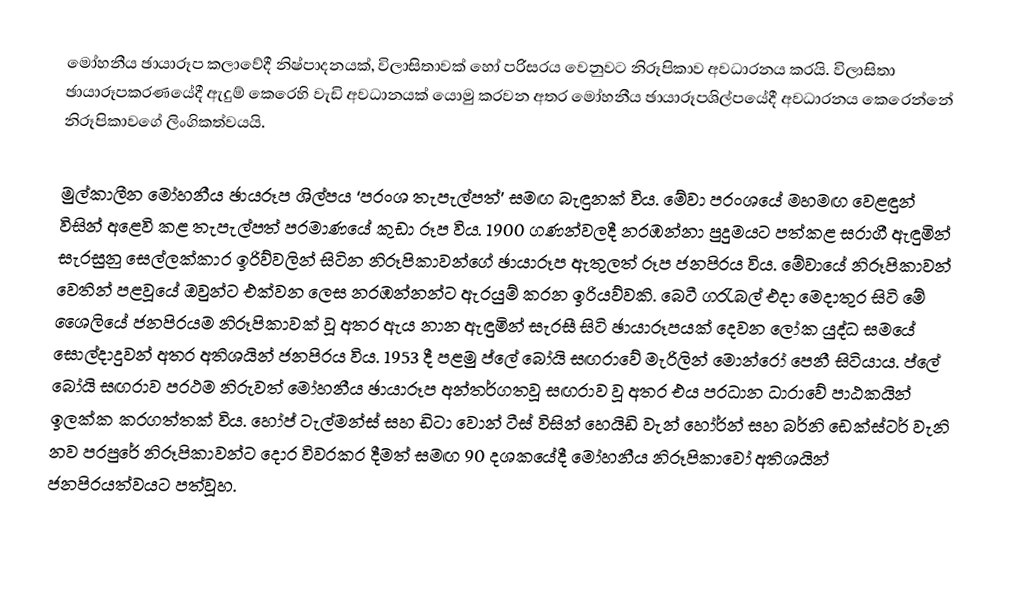
මෝහනීය ඡායාරූප කලාවේදී නිෂ්පාදනයක්, විලාසිතාවක් හෝ පරිසරය වෙනුවට නිරූපිකාව අවධාරනය කරයි. විලාසිතා ඡායාරූපකරණයේදී ඇදුම් කෙරෙහි වැඩි අවධානයක් යොමු කරවන අතර මෝහනීය ඡායාරූපශිල්පයේදී අවධාරනය කෙරෙන්නේ නිරූපිකාවගේ ලිංගිකත්වයයි.

මුල්කාලීන මෝහනීය ඡායරූප ශිල්පය ‘ප‍්‍රංශ තැපැල්පත්’ සමඟ බැඳුනක් විය. මේවා ප‍්‍රංශයේ මහමඟ වෙළඳුන් විසින් අළෙවි කළ තැපැල්පත් ප‍්‍රමාණයේ කුඩා රූප විය. 1900 ගණන්වලදී නරඹන්නා පුදුමයට පත්කළ සරාගී ඇඳුමින් සැරසුනු සෙල්ලක්කාර ඉරිව්වලින් සිටින නිරූපිකාවන්ගේ ඡායාරූප ඇතුලත් රූප ජනපි‍්‍රය විය. මේවායේ නිරූපිකාවන් වෙතින් පළවූයේ ඔවුන්ට එක්වන ලෙස නරඹන්නන්ට ඇරයුම් කරන ඉරියව්වකි. බෙටී ග‍්‍රැබල් එදා මෙදාතුර සිටි මේ ශෛලියේ ජනපි‍්‍රයම නිරූපිකාවක් වූ අතර ඇය නාන ඇඳුමින් සැරසී සිටි ඡායාරූපයක් දෙවන ලෝක යුද්ධ සමයේ සොල්දාදුවන් අතර අතිශයින් ජනපි‍්‍රය විය. 1953 දී පළමු ප්ලේ බෝයි සඟරාවේ මැරිලින් මොන්රෝ පෙනී සිටියාය. ප්ලේ බෝයි සඟරාව ප‍්‍රථම නිරුවත් මෝහනීය ඡායාරූප අන්තර්ගතවූ සඟරාව වූ අතර එය ප‍්‍රධාන ධාරාවේ පාඨකයින් ඉලක්ක කරගත්තක් විය. හෝප් ටැල්මන්ස් සහ ඩිටා වොන් ටීස් විසින් හෙයිඩි වැන් හෝර්න් සහ බර්නි ඩෙක්ස්ටර් වැනි නව පරපුරේ නිරූපිකාවන්ට දොර විවරකර දීමත් සමඟ 90 දශකයේදී මෝහනීය නිරූපිකාවෝ අතිශයින් ජනපි‍්‍රයත්වයට පත්වූහ.